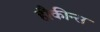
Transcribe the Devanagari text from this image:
हौकीन्स